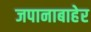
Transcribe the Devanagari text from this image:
जपानाबाहेर